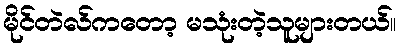
မိုင်တဲလ်ကတော့ မသုံးတဲ့သူများတယ်။